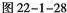
图22-1-28